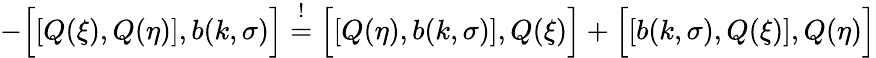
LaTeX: -\Bigl[\left[Q(\xi),Q(\eta)\right],b(k,\sigma)\Bigr]\stackrel{!}{=}\Bigl[\left[Q(\eta),b(k,\sigma)\right],Q(\xi)\Bigr]+\Bigl[\left[b(k,\sigma),Q(\xi)\right],Q(\eta)\Bigr]